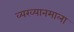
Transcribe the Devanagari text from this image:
व्यख्यानमाला